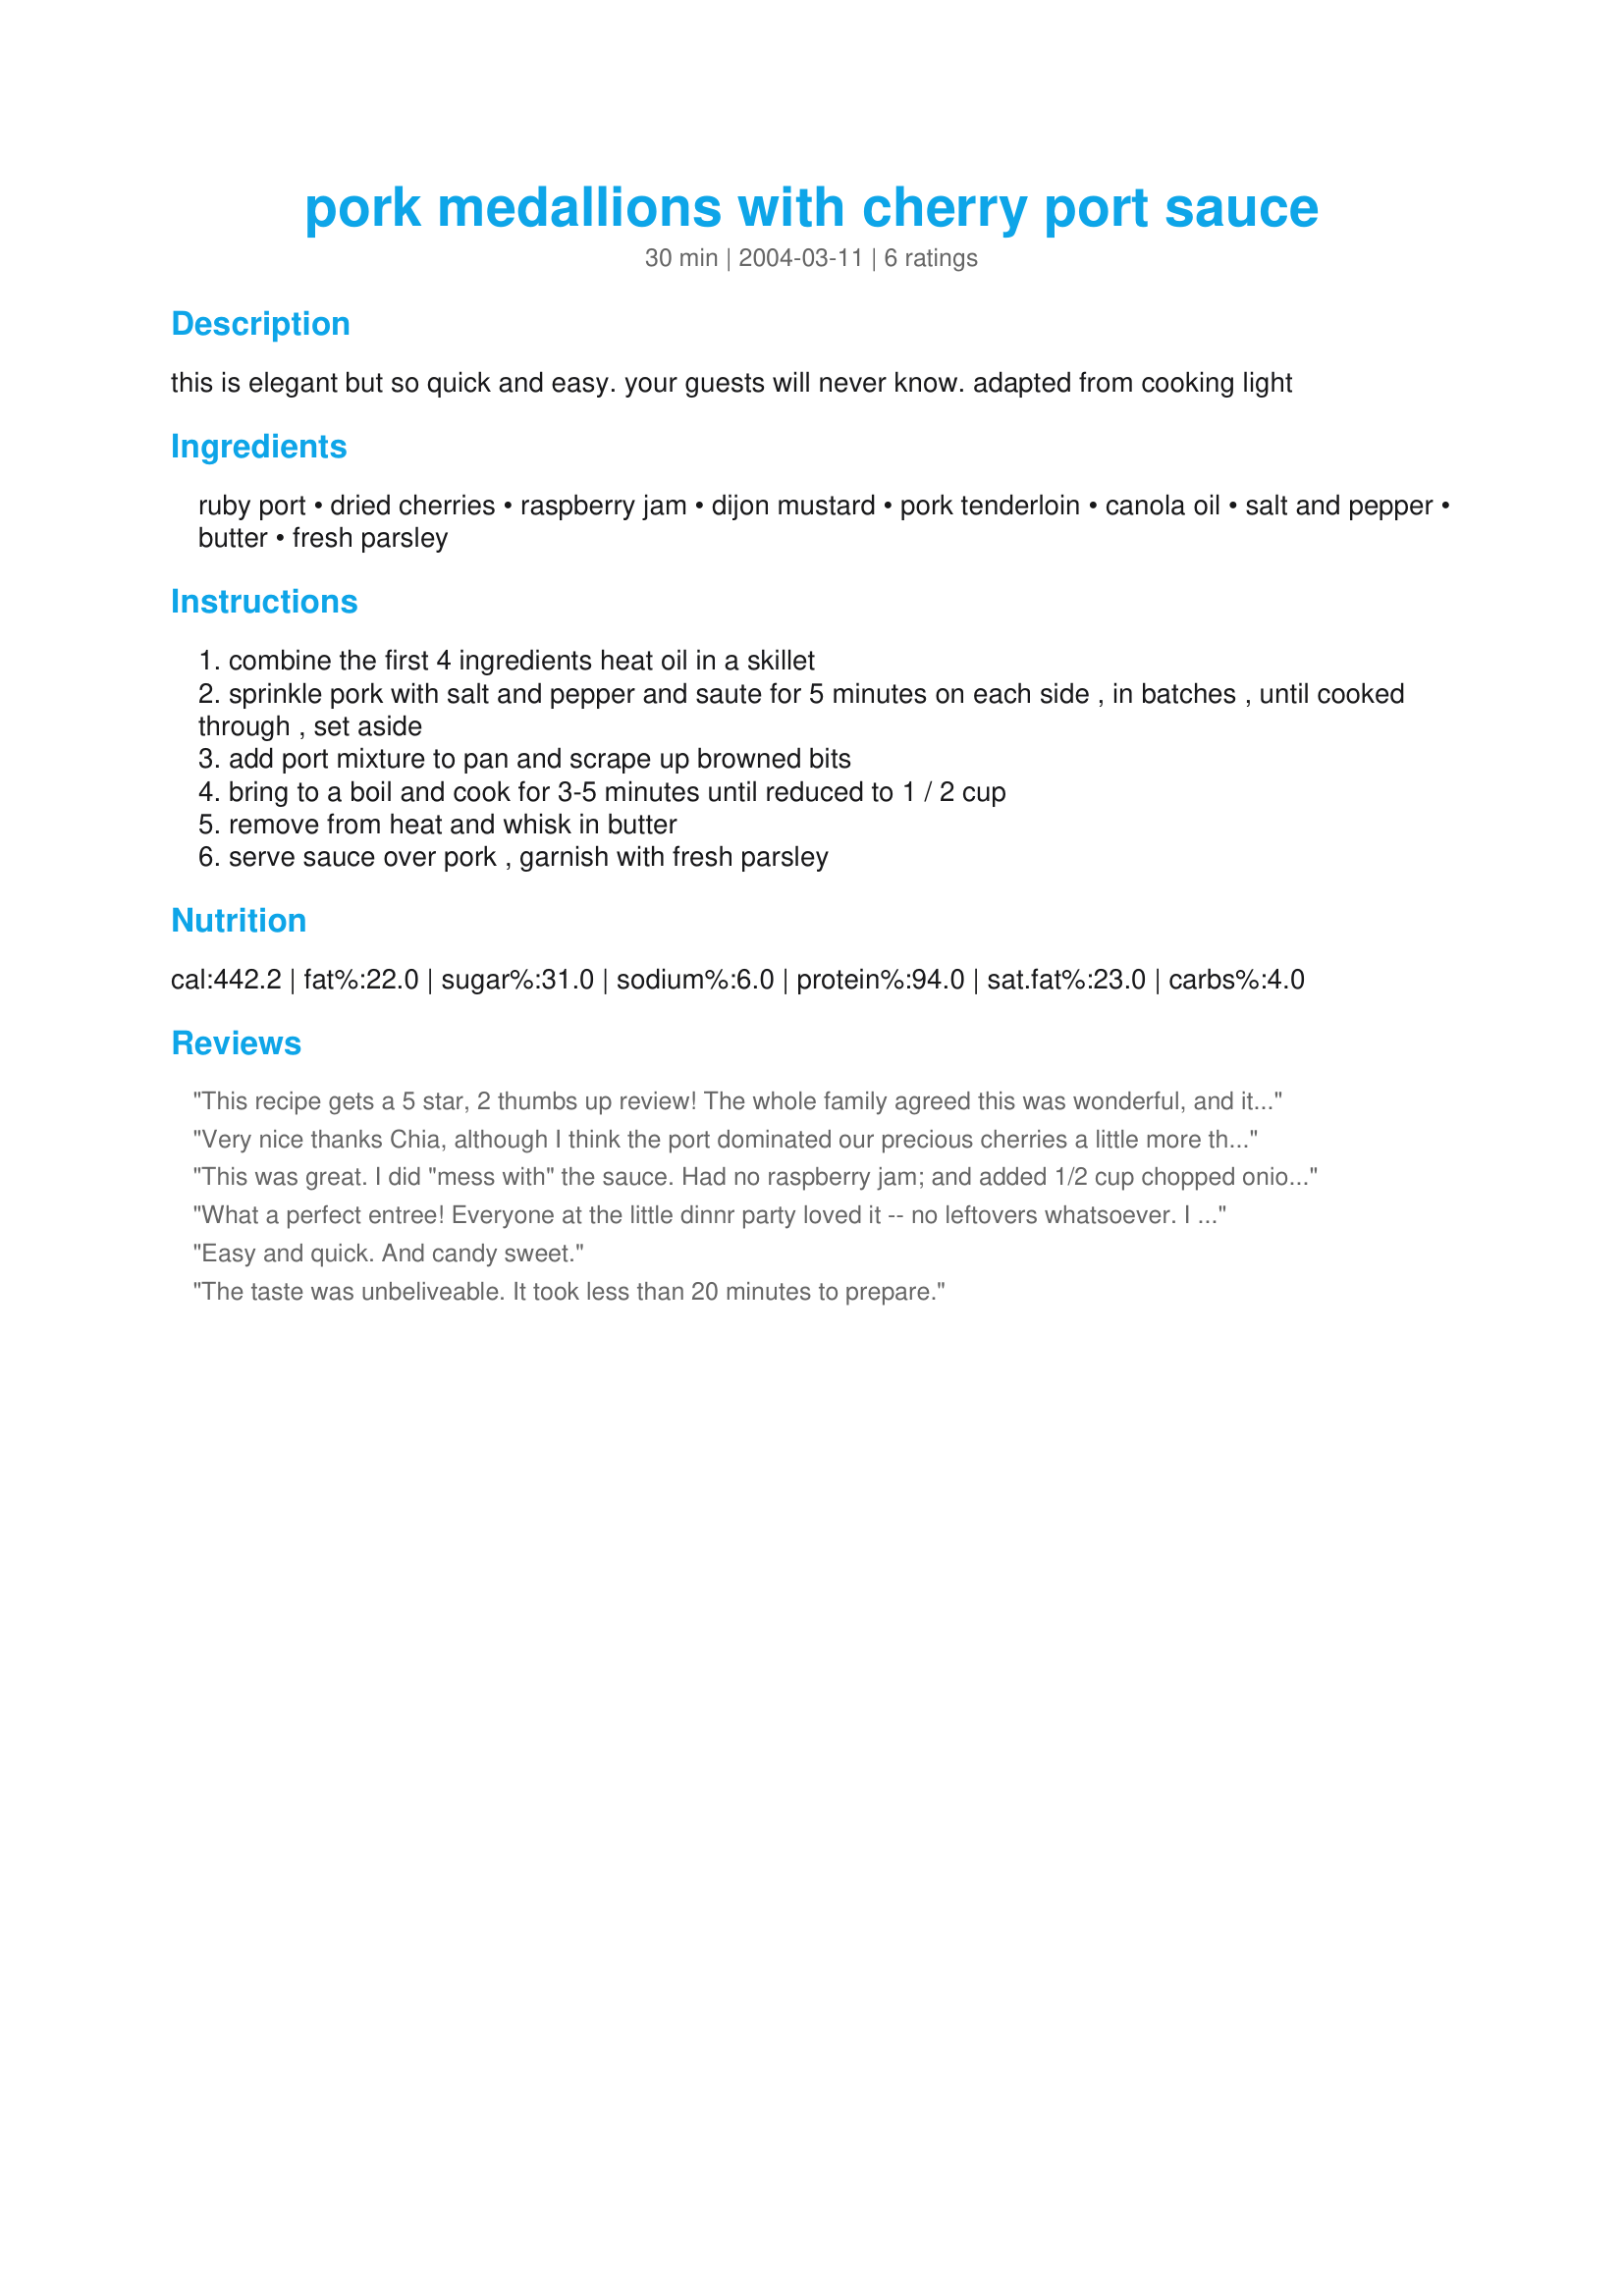
pork medallions with cherry port sauce
Preparation time: 30 minutes

this is elegant but so quick and easy. your guests will never know. adapted from cooking light

Ingredients:
ruby port, dried cherries, raspberry jam, dijon mustard, pork tenderloin, canola oil, salt and pepper, butter, fresh parsley

Steps:
combine the first 4 ingredients heat oil in a skillet
sprinkle pork with salt and pepper and saute for 5 minutes on each side , in batches , until cooked through , set aside
add port mixture to pan and scrape up browned bits
bring to a boil and cook for 3-5 minutes until reduced to 1 / 2 cup
remove from heat and whisk in butter
serve sauce over pork , garnish with fresh parsley

Reviews:
This recipe gets a 5 star, 2 thumbs up review! The whole family agreed this was wonderful, and it was so easy to make. I followed the recipe exactly (except I used margarine instead of butter), and it came out so tasty. I'll be making this one again. Thanks, Chia.
Very nice thanks Chia, although I think the port dominated our precious cherries a little more than we'd have liked and we felt there could have been twice the amount of sauce. I will make it again though using cheaper craisins.
This was great. I did "mess with" the sauce. Had no raspberry jam; and added 1/2 cup chopped onions and some thyme and rosemary.
What a perfect entree! Everyone at the little dinnr party loved it -- no leftovers whatsoever. I used dried cranberries and plum jam and skipped the oil, just searing the pork in a very hot dry pan. I also cracked a few junipr berries along with the peppercorns and sprinkled that on the pork before searing. The proportions of wine/fruit/jam/mustard are perfect and the tablespoon of butter is just right to finish the sauce. Fabulous, Chia!
Easy and quick. And candy sweet.
The taste was unbeliveable. It took less than 20 minutes to prepare.
